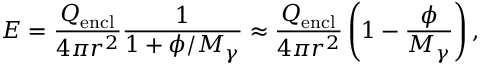
E = \frac { Q _ { \mathrm { e n c l } } } { 4 \pi r ^ { 2 } } \frac { 1 } { 1 + \phi / M _ { \gamma } } \approx \frac { Q _ { \mathrm { e n c l } } } { 4 \pi r ^ { 2 } } \left( 1 - \frac { \phi } { M _ { \gamma } } \right) ,